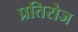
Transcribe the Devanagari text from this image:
प्रतिरोज